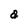
Character: a